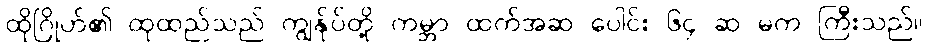
ထိုဂြိုဟ်၏ ထုထည်သည် ကျွန်ုပ်တို့ ကမ္ဘာ ထက်အဆ ပေါင်း ၆၄ ဆ မက ကြီးသည်။